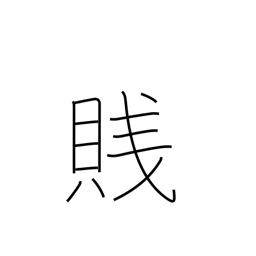
Meaning: despise